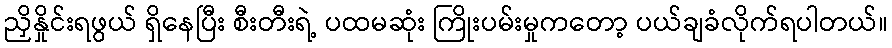
ညှိနှိုင်းရဖွယ် ရှိနေပြီး စီးတီးရဲ့ ပထမဆုံး ကြိုးပမ်းမှုကတော့ ပယ်ချခံလိုက်ရပါတယ်။